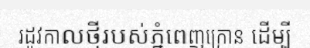
រដូវកាលថ្មីរបស់ភ្នំពេញក្រោន ដើម្បី